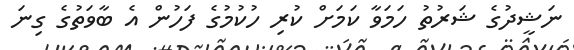
ނަޝީދުގެ ޝަރުތު ހަމަވާ ކަމަށް ކުރި ހުކުމުގެ ފަހުން އެ ބާވަތުގެ ގިނަ